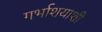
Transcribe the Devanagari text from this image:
गर्भाशयाशी